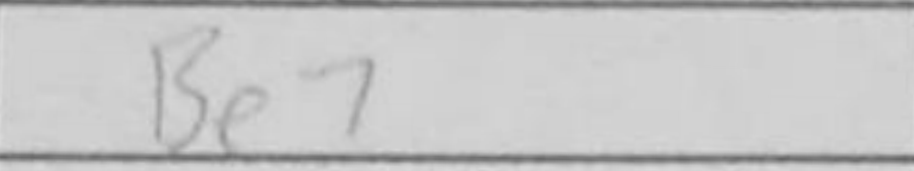
Transcription: Be7